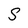
Character: S